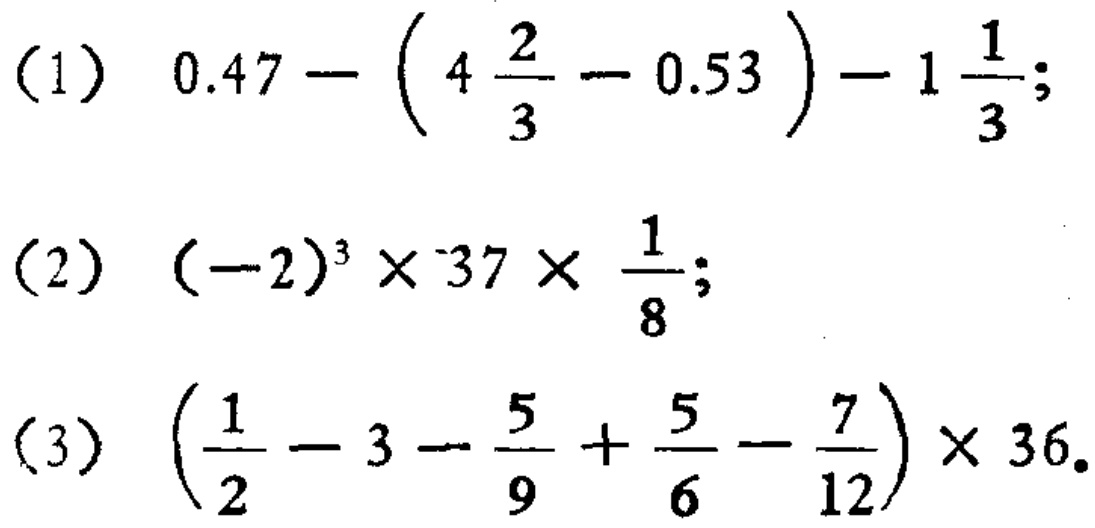
(1) \(0.47 - \left(4\frac{2}{3} - 0.53\right) - 1\frac{1}{3}\);
(2) \((-2)^{3} \times 37\times\frac{1}{8}\);
(3) \(\left(\frac{1}{2} - 3-\frac{5}{9}+\frac{5}{6}-\frac{7}{12}\right)\times 36\)